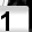
Digit: 1